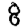
Digit: 8